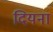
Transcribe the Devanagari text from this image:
दियना